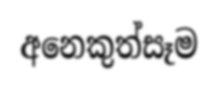
අනෙකුත්සෑම